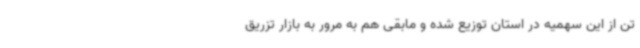
تن از این سهمیه در استان توزیع شده و مابقی هم به مرور به بازار تزریق